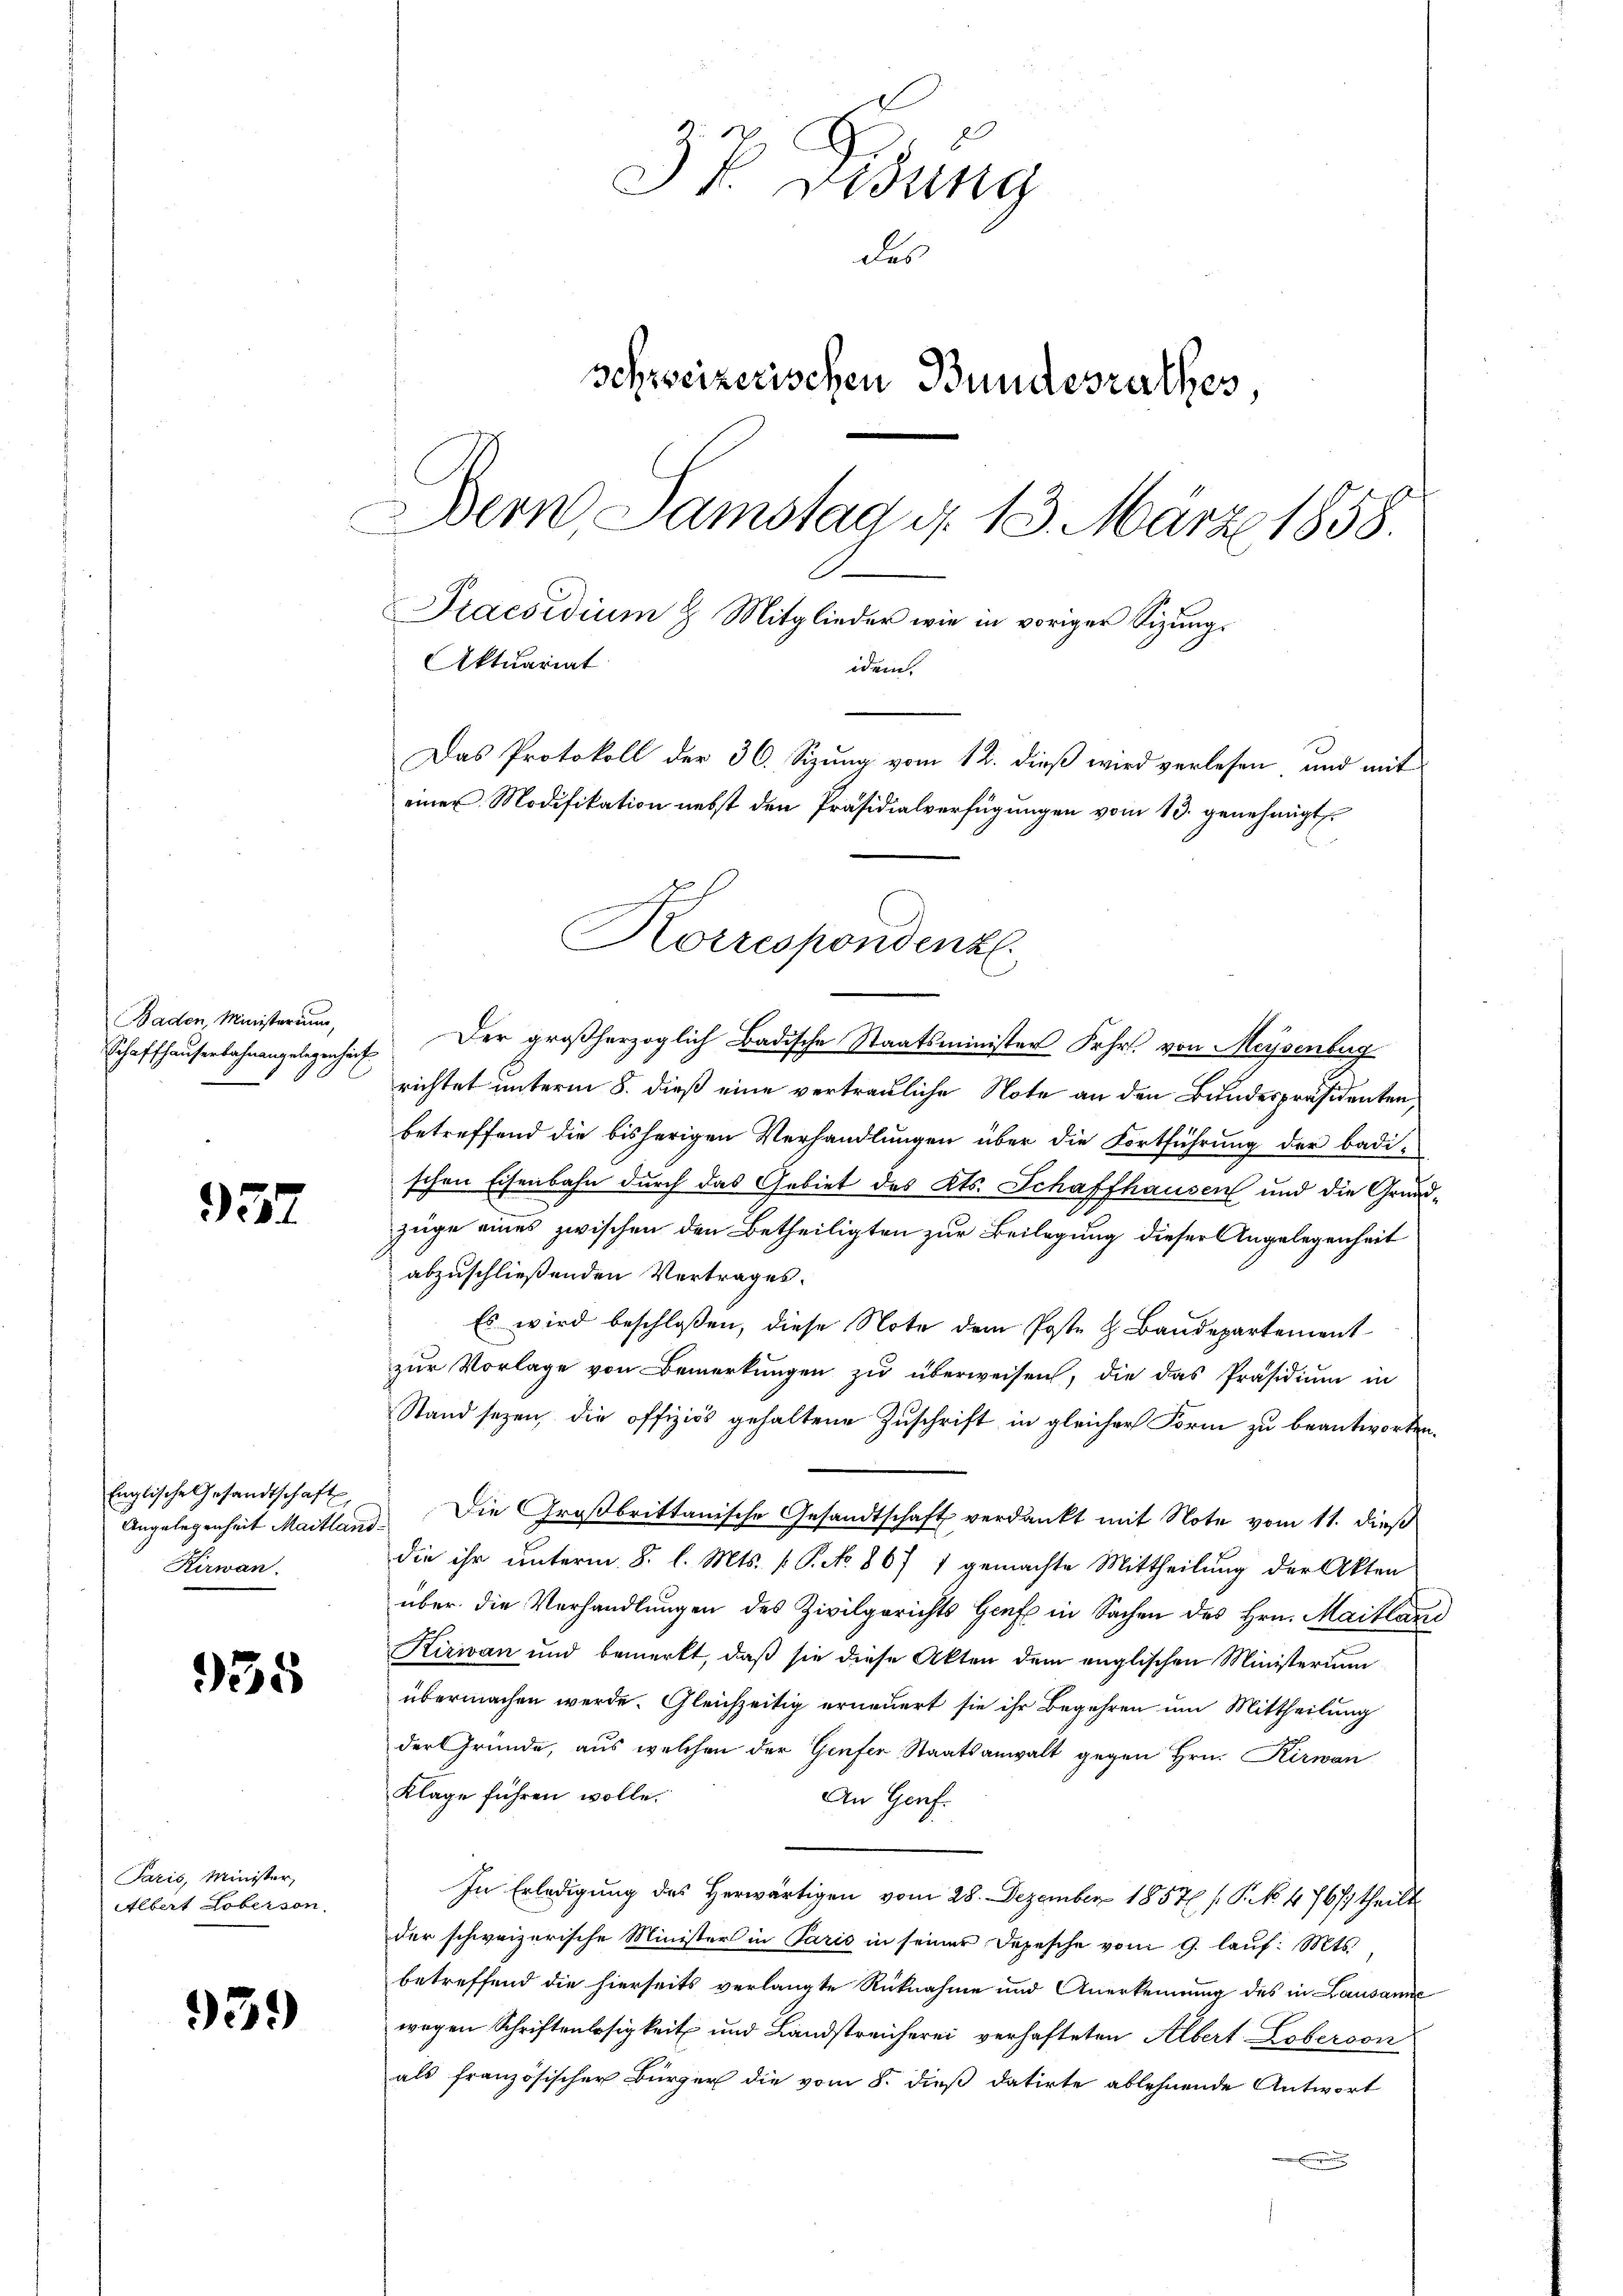
BBaden, Ministerium,
Schaffhauserbahnangelegenheit

952

Englische Gesandtschaft
Kirwan

935

Paris, Minister,
Albert Loberson.

931)

37. Dedung
des
Schweizerischen Bundesrathes,
Der Samstag d. 13. März 1858.
Praesidium H. Mitglieder wie in voriger Sitzungs
Aktuariat
idem.
Das Protokoll der 36. Sizung vom 12. dieß wird verlesen, und mit
einer Modifikation nebst den Präsidialverfügungen vom 13. genehmigt.

Der großherzoglich Badische Staatsminister Fehrs von Meysenburg
richtet unterm 8. dieß eine vertrauliche Note an den Bundespräsidenten,
betreffend die bisherigen Verhandlungen über die Fortführung der badischen Eisenbahn durch das Gebiet des Kts. Schaffhausen und die Grundzüge eines zwischen den Betheiligten zur Beilegung dieser Angelegenheit
abzuschließenden Vertrages.
Es wird beschlossen, diese Note dem Poste H. Baudepartementzur Vorlage von Bemerkungen zu überweisen, die das Präsidium in
Stand seyen, die offiziös gehaltene Zuschrift in gleicher Form zu beantworten.
Angelegenheit Maitland. Die Großbrittanische Gesandtschaft verdankt mit Note vom 11. dieß
die ihr unterm 8. l. Mts. f. P. No. 867 7 gemachte Mittheilung der Akten
über die Verhandlungen des Zivilgerichts Genf in Sachen des Hrn. Maitland
Kizian und bemerkt, daß sie diese Akten dem englischen Ministerium
übermachen werde. Gleichzeitig erneuert sie ihr Begehren um Mittheilung
der Gründe, aus welchen der Genfer, Staatsanwalt gegen Hrn. Kirwan
Klage führen wolle.
An Genf.
In Erledigung des Herwärtigen vom 28. Dezember 18576 (P. No 476/ theilt
der schweizerische Minister in Paris in seiner Depesche vom 9. lauf. Mts.,
betreffend die hierseits verlangte Rücknahme und Anerkennung des in Lausanne
wegen Schriftenlosigkeit und Landstreicherei verhafteten Albert Loberson
als französischer Bürger die vom 8. dieß datirte ablehnende Antwort

Korrespondenz.